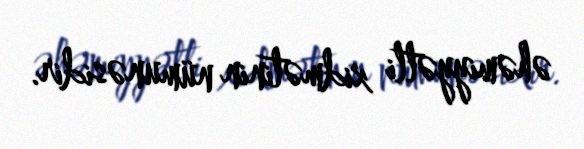
əhəmiyyətli xidmətinin nümunəsidir.